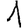
Digit: 1